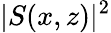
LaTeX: \vert S(x,z)\vert^{2}